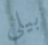
بيلى